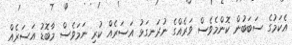
އެކަމުގެ ސަބަބުން ކޮންމެވެސް ވަރެއްގެ ނުރަނގަޅު އަސަރެއް ކުރި ނަމަވެސް މާބޮޑު އަސަރެއް